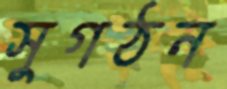
সুগঠন